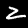
Digit: 2